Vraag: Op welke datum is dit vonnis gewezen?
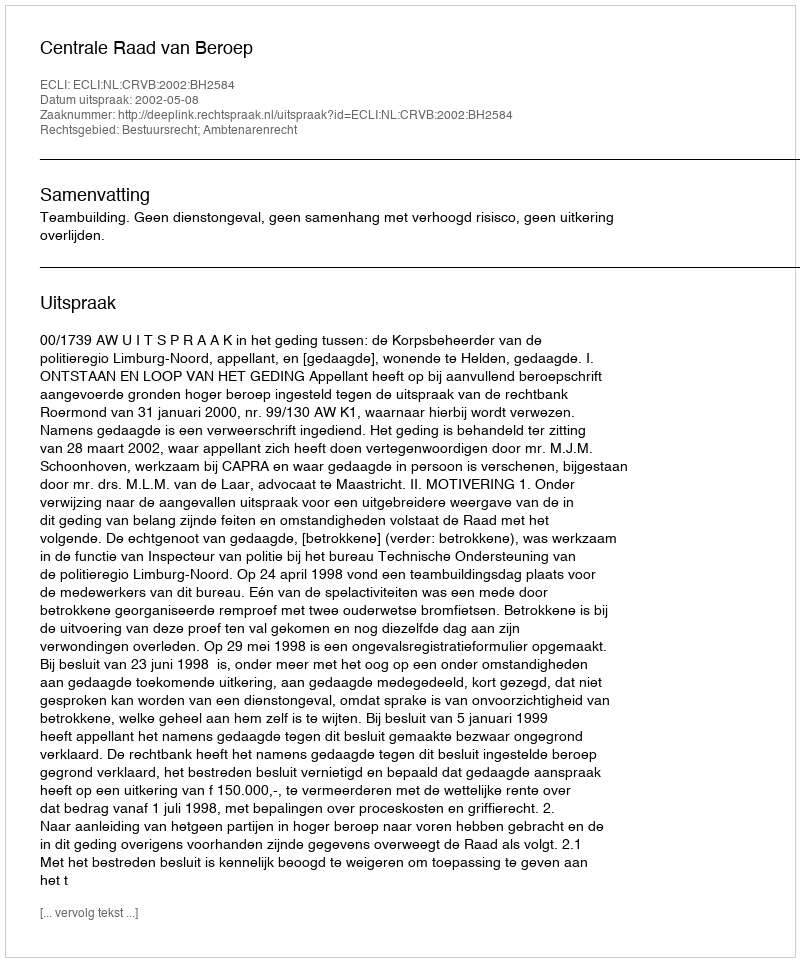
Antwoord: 2002-05-08